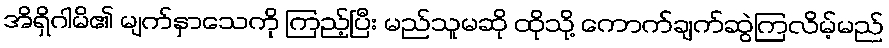
အိရှိဂါမိ၏ မျက်နှာသေကို ကြည့်ပြီး မည်သူမဆို ထိုသို့ ကောက်ချက်ဆွဲကြလိမ့်မည်